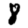
Digit: 8